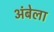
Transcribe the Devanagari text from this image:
अंबेला